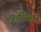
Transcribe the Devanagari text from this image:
फोर्रेस्टर